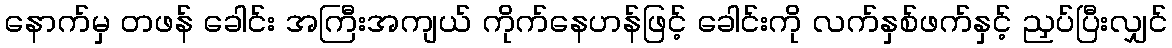
နောက်မှ တဖန် ခေါင်း အကြီးအကျယ် ကိုက်နေဟန်ဖြင့် ခေါင်းကို လက်နှစ်ဖက်နှင့် ညှပ်ပြီးလျှင်